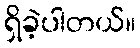
ရှိခဲ့ပါတယ်။